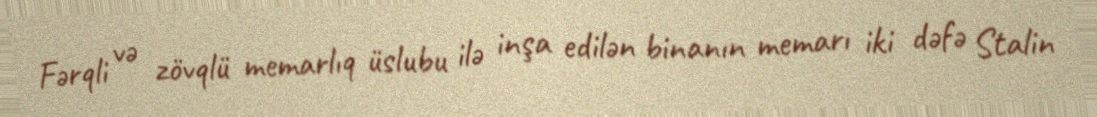
Fərqli və zövqlü memarlıq üslubu ilə inşa edilən binanın memarı iki dəfə Stalin